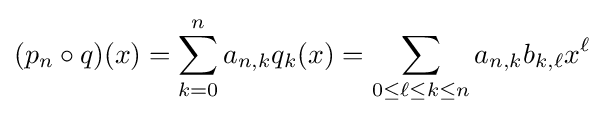
(p_{n}\circ q)(x)=\sum _{k=0}^{n}a_{n,k}q_{k}(x)=\sum _{0\leq \ell \leq k\leq n}a_{n,k}b_{k,\ell }x^{\ell }